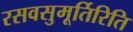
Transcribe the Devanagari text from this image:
रसवसुमूर्तिरिति